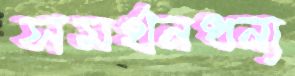
সমর্থনধন্য